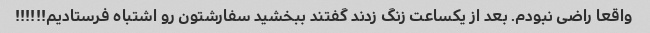
واقعا راضی نبودم. بعد از یکساعت زنگ زدند گفتند ببخشید سفارشتون رو اشتباه فرستادیم!!!!!!